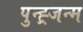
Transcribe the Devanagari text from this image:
पुन्ह्र्जन्म